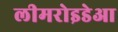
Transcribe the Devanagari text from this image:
लीमरोइडेआ